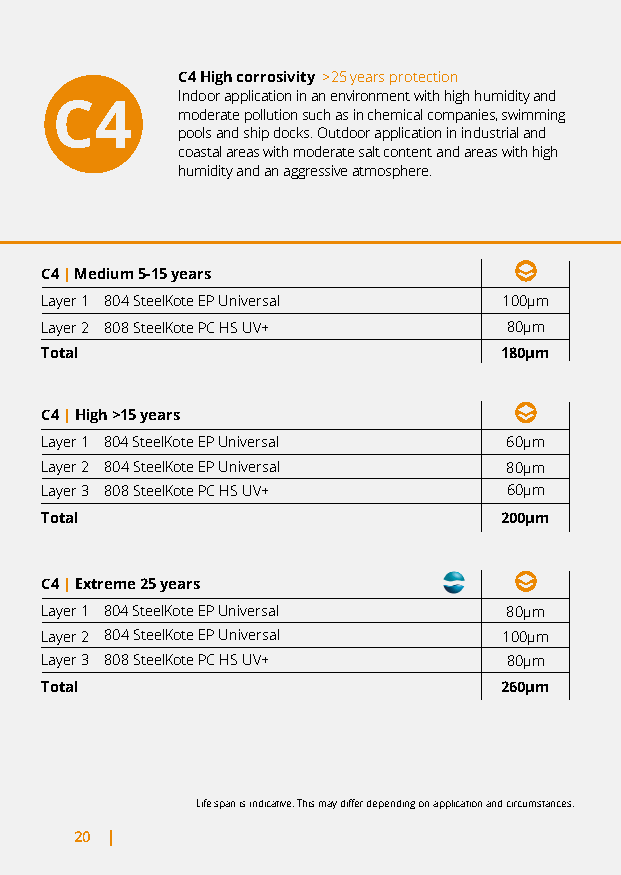
C4 High corrosivity >25 years protection
 Indoor application in an environment with high humidity and
 moderate pollution such as in chemical companies, swimming
 pools and ship docks. Outdoor application in industrial and
 coastal areas with moderate salt content and areas with high
 humidity and an aggressive atmosphere.
 C4 | Medium 5-15 years
 Layer 1 804 SteelKote EP Universal 100µm
 Layer 2 808 SteelKote PC HS UV+ 80µm
 Total                         180µm
 C4 | High >15 years
 Layer 1 804 SteelKote EP Universal 60µm
 Layer 2 804 SteelKote EP Universal 80µm
 Layer 3 808 SteelKote PC HS UV+ 60µm
 Total                         200µm
 C4 | Extreme 25 years
 Layer 1 804 SteelKote EP Universal 80µm
 Layer 2 804 SteelKote EP Universal 100µm
 Layer 3 808 SteelKote PC HS UV+ 80µm
 Total                         260µm
 Life span is indicative. This may differ depending on application and circumstances.
 20 |